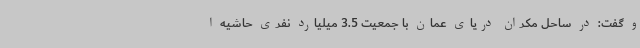
و گفت: در ساحل مکران دریای عمان با جمعیت 3.5 میلیارد نفری حاشیه ا